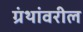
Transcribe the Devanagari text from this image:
ग्रंथांवरील